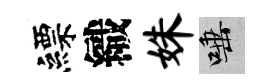
縹織姝唾